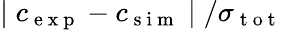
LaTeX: \mid c_{\mathrm{~e~x~p~}}-c_{\mathrm{~s~i~m~}}\mid/\sigma_{\mathrm{~t~o~t~}}